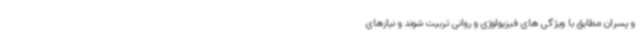
و پسران مطابق با ویژگی های فیزیولوژی و روانی تربیت شوند و نیازهای